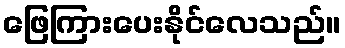
ဖြေကြားပေးနိုင်လေသည်။